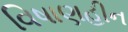
વિષાણહીન